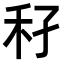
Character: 𥝔